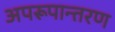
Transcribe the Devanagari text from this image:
अपरूपान्तरण